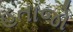
હતાજો